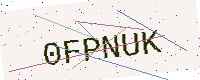
Text: 0FPNUK